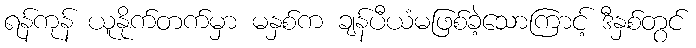
ရန်ကုန် ယူနိုက်တက်မှာ မနှစ်က ချန်ပီယံမဖြစ်ခဲ့သောကြာင့် ဒီနှစ်တွင်